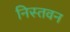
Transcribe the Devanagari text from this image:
निस्तवन